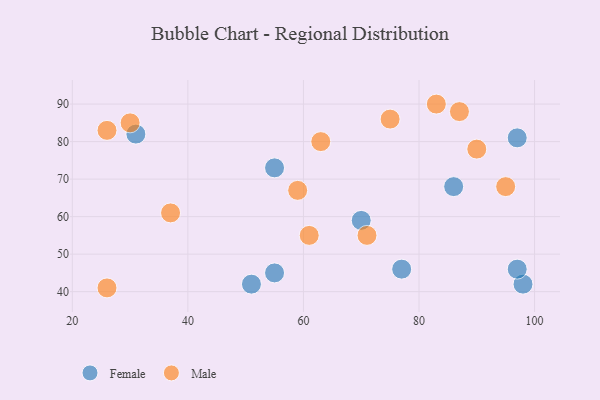
{"axis": {"x": "GDP", "y": "Life Expectancy"}, "legend": ["Female", "Male"], "data": [{"x": "98", "y": 42, "type": "Female"}, {"x": "31", "y": 82, "type": "Female"}, {"x": "97", "y": 81, "type": "Female"}, {"x": "55", "y": 45, "type": "Female"}, {"x": "86", "y": 68, "type": "Female"}, {"x": "97", "y": 46, "type": "Female"}, {"x": "55", "y": 73, "type": "Female"}, {"x": "70", "y": 59, "type": "Female"}, {"x": "77", "y": 46, "type": "Female"}, {"x": "51", "y": 42, "type": "Female"}, {"x": "37", "y": 61, "type": "Male"}, {"x": "75", "y": 86, "type": "Male"}, {"x": "26", "y": 83, "type": "Male"}, {"x": "71", "y": 55, "type": "Male"}, {"x": "90", "y": 78, "type": "Male"}, {"x": "61", "y": 55, "type": "Male"}, {"x": "63", "y": 80, "type": "Male"}, {"x": "30", "y": 85, "type": "Male"}, {"x": "26", "y": 41, "type": "Male"}, {"x": "95", "y": 68, "type": "Male"}, {"x": "87", "y": 88, "type": "Male"}, {"x": "59", "y": 67, "type": "Male"}, {"x": "83", "y": 90, "type": "Male"}]}